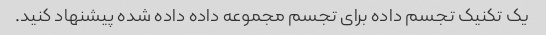
یک تکنیک تجسم داده برای تجسم مجموعه داده داده شده پیشنهاد کنید.